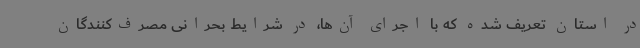
در استان تعریف شده که با اجرای آن‌ها، در شرایط بحرانی مصرف‌کنندگان